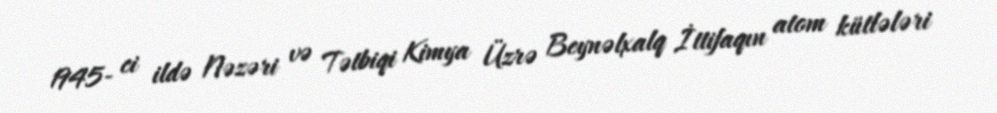
1945- ci ildə Nəzəri və Tətbiqi Kimya Üzrə Beynəlxalq İttifaqın atom kütlələri